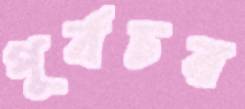
পূর্বচর